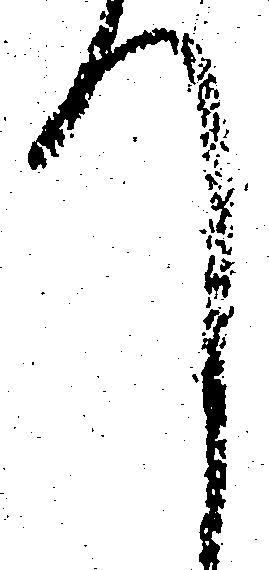
て